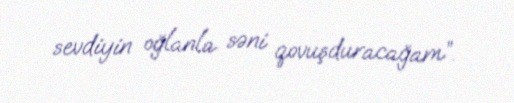
sevdiyin oğlanla səni qovuşduracağam”.